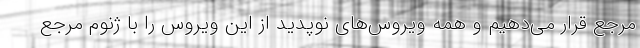
مرجع قرار می‌دهیم و همه ویروس‌های نوپدید از این ویروس را با ژنوم مرجع